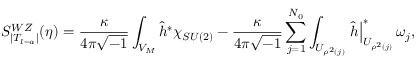
S _ { | T _ { l = a } | } ^ { W Z } ( \eta ) = \frac { \kappa } { 4 \pi \sqrt { - 1 } } \int _ { V _ { M } } \widehat { h } ^ { \ast } \chi _ { S U ( 2 ) } - \frac { \kappa } { 4 \pi \sqrt { - 1 } } \sum _ { j = 1 } ^ { N _ { 0 } } \int _ { U _ { \rho ^ { 2 } ( j ) } } \left. \widehat { h } \right| _ { U _ { \rho ^ { 2 } ( j ) } } ^ { \ast } \omega _ { j } ,